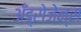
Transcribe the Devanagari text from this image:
अँड्रोजेन्स